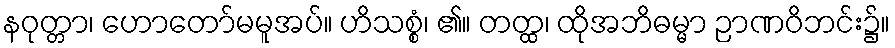
နဝုတ္တာ၊ ဟောတော်မမူအပ်။ ဟိသစ္စံ၊ ၏။ တတ္ထ၊ ထိုအဘိဓမ္မာ ဉာဏဝိဘင်း၌။